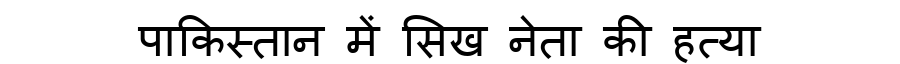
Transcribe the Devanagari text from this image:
पाकिस्तान में सिख नेता की हत्या